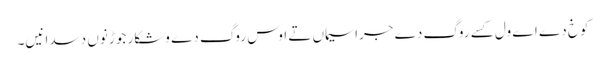
کوخ دے اے ول کسے روگ دے جراسیماں تے اوس روگ دے وشکار جوڑ نوں دسدا نیں۔